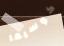
كوسيما